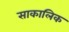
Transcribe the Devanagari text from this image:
साकालिक